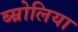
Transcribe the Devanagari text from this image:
ब्म्रोलिया